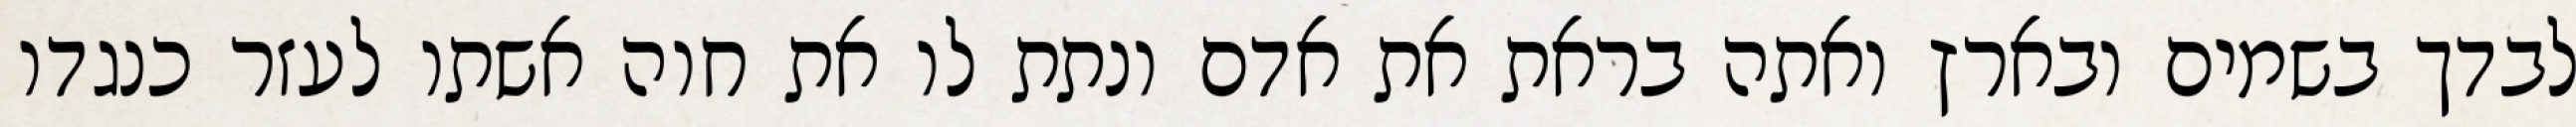
לבדך בשמים ובארץ ואתה בראת את אדם ונתת לו את חוה אשתו לעזר כנגדו